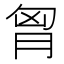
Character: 胷